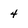
Character: 4